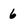
Character: 6